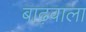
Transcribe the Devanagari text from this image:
बाढ़वाला